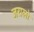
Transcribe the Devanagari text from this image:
जरालो